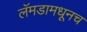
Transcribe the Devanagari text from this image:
लॅमडामधूनच